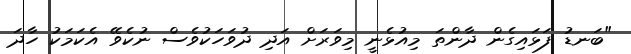
"ބަނޑު ފަޅައިގެން ދާންތަ މިއުޅެނީ މިވަރަށް އަދި ދުވަހަކުވެސް ނުކެވޭ އެކަމަކު ހާދަ